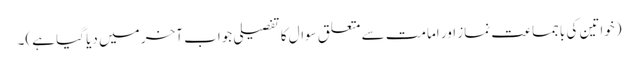
(خواتین کی باجماعت نماز اور امامت سے متعلق سوال کا تفصیلی جواب آخر میں دیا گیا ہے)۔